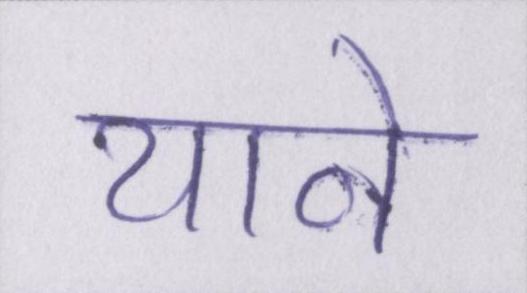
याने